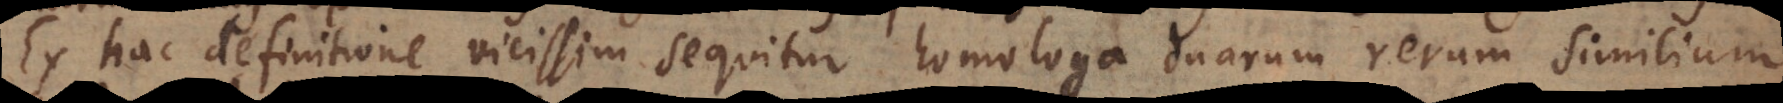
Ex hac definitione vicissim sequitur homologa duarum rerum similium